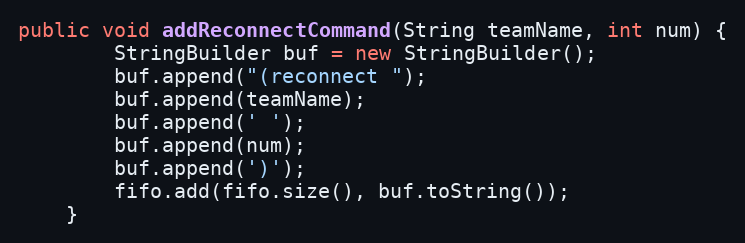
Language: Java
public void addReconnectCommand(String teamName, int num) {
        StringBuilder buf = new StringBuilder();
        buf.append("(reconnect ");
        buf.append(teamName);
        buf.append(' ');
        buf.append(num);
        buf.append(')');
        fifo.add(fifo.size(), buf.toString());
    }